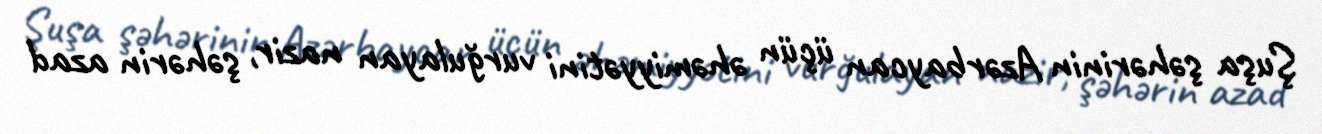
Şuşa şəhərinin Azərbaycan üçün əhəmiyyətini vurğulayan nazir, şəhərin azad